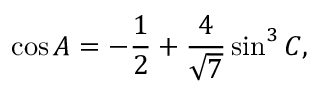
\cos A = - { \frac { 1 } { 2 } } + { \frac { 4 } { \sqrt { 7 } } } \sin ^ { 3 } C ,